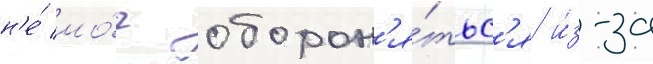
н'е́ мо́г оборон'я́тьс'я и́з-за